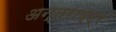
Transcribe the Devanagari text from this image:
अन्तराष्ट्र